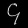
Digit: ၄